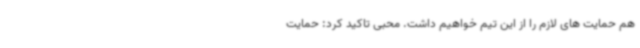
هم حمایت های لازم را از این تیم خواهیم داشت. محبی تاکید کرد: حمایت